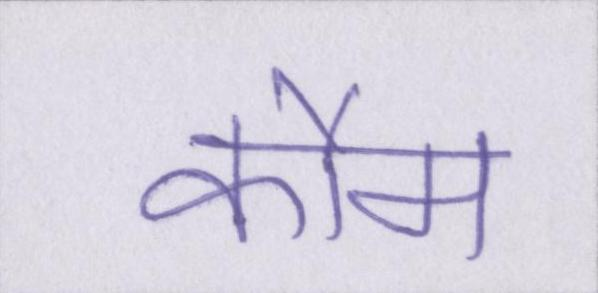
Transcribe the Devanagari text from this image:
कौम